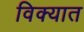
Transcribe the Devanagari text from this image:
विक्यात